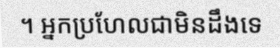
។ អ្នកប្រហែលជាមិនដឹងទេ